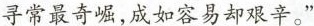
寻常最奇崛，成如容易却艰辛。”